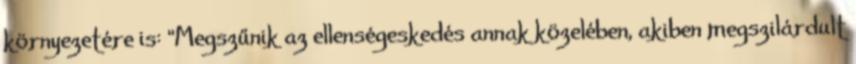
környezetére is: "Megszűnik az ellenségeskedés annak közelében, akiben megszilárdult